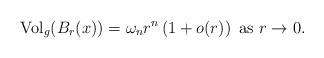
LaTeX: \begin{align*}\mathrm{Vol}_g(B_r(x))=\omega_n r^n\left(1+o(r)\right) \hbox{ as }r \to 0.\end{align*}